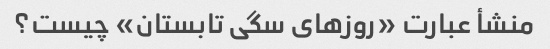
منشأ عبارت «روزهای سگی تابستان» چیست؟